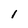
Character: l